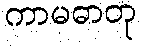
ကာမဓာတု